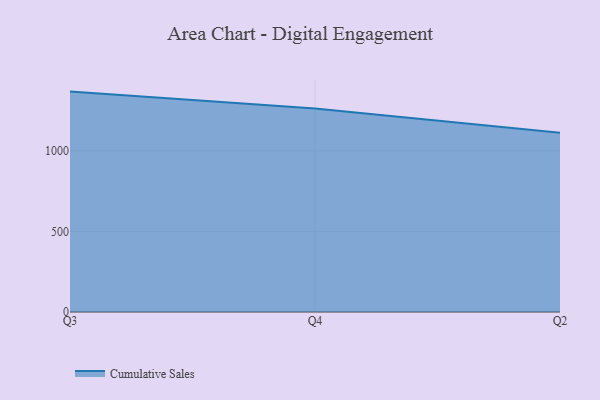
{"axis": {"x": "Quarter", "y": "Gross Profit (USD K)"}, "legend": ["Cumulative Sales"], "data": [{"x": "Q3", "y": 1367.5, "type": "Cumulative Sales"}, {"x": "Q4", "y": 1262.1, "type": "Cumulative Sales"}, {"x": "Q2", "y": 1112.5, "type": "Cumulative Sales"}]}